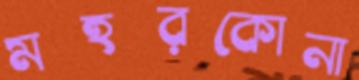
মহরকোনা